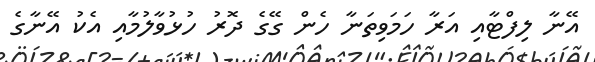
އޭނާ ލިފްޓާއި އަރާ ހަމަވިތަނާ ހެން ގޭގެ ދޮރު ހުޅުވާލުމާއި އެކު އޭނާގެ